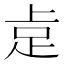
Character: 𮛅